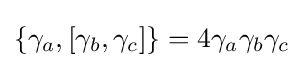
\{\gamma _{a},[\gamma _{b},\gamma _{c}]\}=4\gamma _{a}\gamma _{b}\gamma _{c}